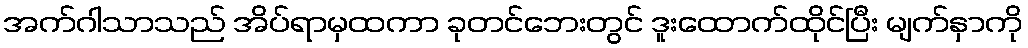
အက်ဂါသာသည် အိပ်ရာမှထကာ ခုတင်ဘေးတွင် ဒူးထောက်ထိုင်ပြီး မျက်နှာကို